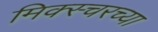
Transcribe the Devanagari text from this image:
मिक्स्चरच्या